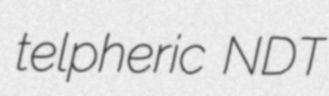
telpheric NDT